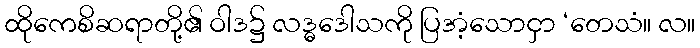
ထိုကေစိဆရာတို့၏ ဝါဒ၌ လဒ္ဓဒေါသကို ပြအံ့သောငှာ ‘တေသံ။ လ။